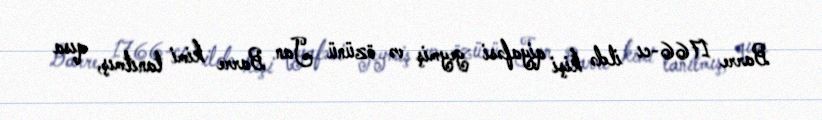
Barre 1766-cı ildə kişi qiyafəsi geymiş və özünü Jan Barre kimi tanıtmış, qısa